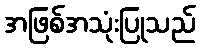
အဖြစ်အသုံးပြုသည်